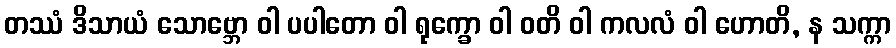
တဿံ ဒိသာယံ သောဗ္ဘော ဝါ ပပါတော ဝါ ရုက္ခော ဝါ ဝတိ ဝါ ကလလံ ဝါ ဟောတိ, န သက္ကာ